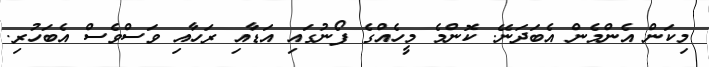
މިކަން އެންމެން އެބަދަނޭ. ކޮންމެ މީހެއްގެ ފޯނުގައި އަޑާއި ރަހާއި ވަސްވެސް އެބަހުރި.